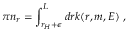
\pi n _ { r } = \int _ { r _ { H } + \epsilon } ^ { L } d r k ( r , m , E ) ~ ,